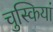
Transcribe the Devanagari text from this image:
चुस्कियां